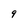
Character: 9